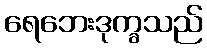
ရေဘေးဒုက္ခသည်